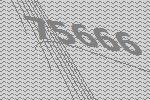
75666